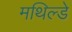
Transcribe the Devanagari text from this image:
मथिल्डे